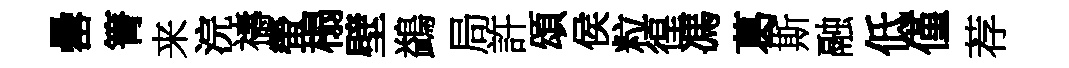
罍箐来浣禱螢榻壁鷁局許頌侯粒徨馮葛斯融低僅荐